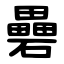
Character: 礨